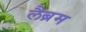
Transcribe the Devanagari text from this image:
लैब्रम